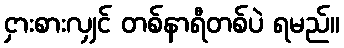
ငှားစားလျှင် တစ်နာရီတစ်ပဲ ရမည်။